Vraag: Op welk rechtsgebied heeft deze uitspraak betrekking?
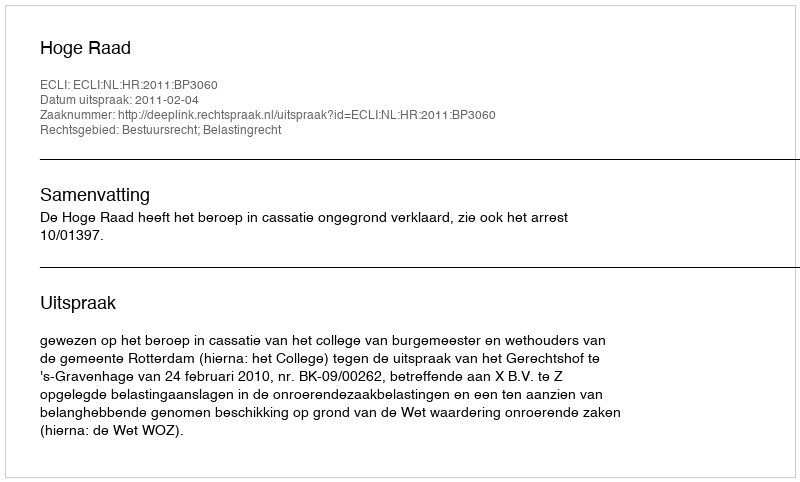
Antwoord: Bestuursrecht; Belastingrecht